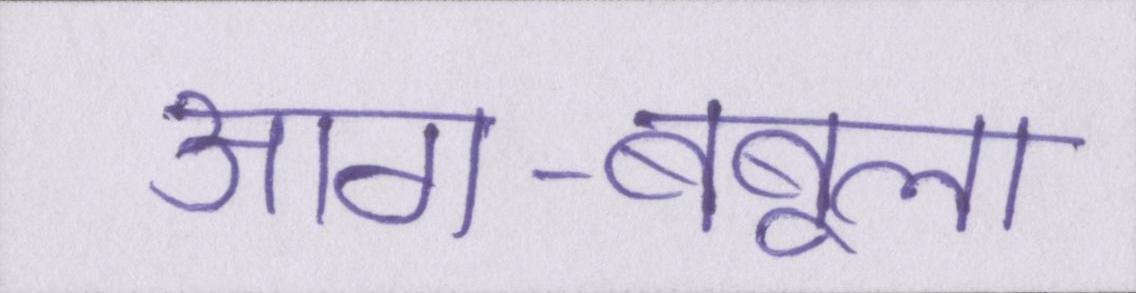
आग-बबूला